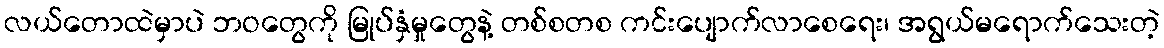
လယ်တောထဲမှာပဲ ဘဝတွေကို မြုပ်နှံမှုတွေနဲ့ တစ်စတစ ကင်းပျောက်လာစေရေး၊ အရွယ်မရောက်သေးတဲ့